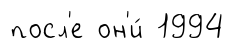
посл'е он'и́ 1994